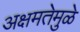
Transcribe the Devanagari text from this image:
अक्षमतेमुळे